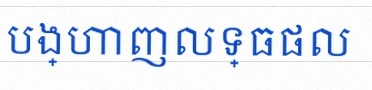
បង្ហាញលទ្ធផល